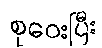
စုဝေးပြီး